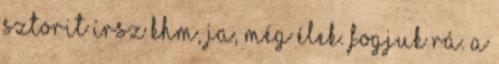
sztorit írsz Khm, ja, még élek. Fogjuk rá. A